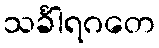
သင်္ခါရဂတေ